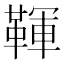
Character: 䩵